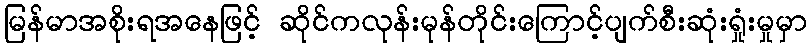
မြန်မာအစိုးရအနေဖြင့် ဆိုင်ကလုန်းမုန်တိုင်းကြောင့်ပျက်စီးဆုံးရှုံးမှုမှာ